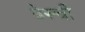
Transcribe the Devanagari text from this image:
बेस्ची